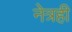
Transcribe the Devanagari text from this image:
नेत्रही